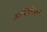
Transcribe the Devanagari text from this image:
अभियंतावों